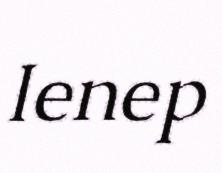
Ienep